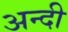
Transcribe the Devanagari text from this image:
अन्दी